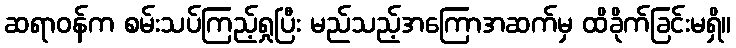
ဆရာဝန်က စမ်းသပ်ကြည့်ရှုပြီး မည်သည့်အကြောအဆက်မှ ထိခိုက်ခြင်းမရှိ။